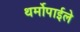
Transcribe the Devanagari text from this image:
थर्मोपाईले